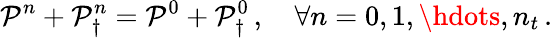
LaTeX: \mathcal P^{n}+\mathcal P_{\dagger}^{n}=\mathcal P^{0}+\mathcal P_{\dagger}^{0}\, ,\quad\forall n=0,1,\hdots,n_{t}\, .